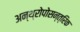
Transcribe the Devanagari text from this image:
अन्थ्रोपोसन्त्रिक